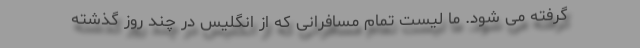
گرفته می شود. ما لیست تمام مسافرانی که از انگلیس در چند روز گذشته